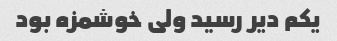
یکم دیر رسید ولی خوشمزه بود